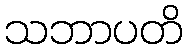
သဘာပတိ